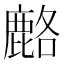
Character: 𫜍